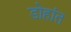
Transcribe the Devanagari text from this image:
डोहांत